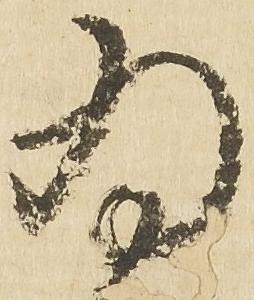
為